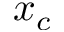
x _ { c }